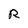
Character: R